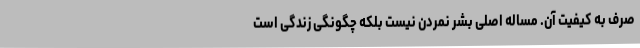
صرف به کیفیت آن. مساله اصلی بشر نمردن نیست بلکه چگونگی زندگی است